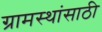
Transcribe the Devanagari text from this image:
ग्रामस्थांसाठी